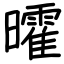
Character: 曤